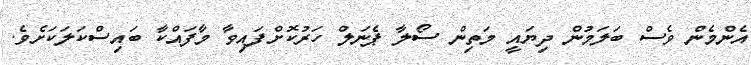
އެންމެން ވެސް ބަލަމުން ދިޔައީ މަތިން ސޯލާ ޕެނަލް ހަރުކޮށްފައިވާ މާފައްކާ ބައިސްކަލަކަށެވެ.